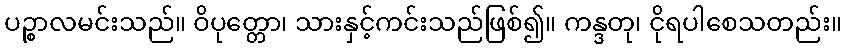
ပဉ္စာလမင်းသည်။ ဝိပုတ္တော၊ သားနှင့်ကင်းသည်ဖြစ်၍။ ကန္ဒတု၊ ငိုရပါစေသတည်း။